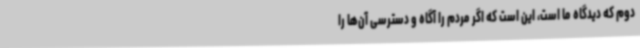
دوم که دیدگاه ما است، این است که اگر مردم را آگاه و دسترسی آن‌ها را